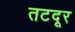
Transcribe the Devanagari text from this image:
तटदूर